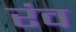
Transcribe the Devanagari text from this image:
रंव